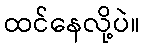
ထင်နေလို့ပဲ။